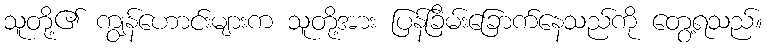
သူတို့၏ ကျွန်ဟောင်းများက သူတို့အား ပြန်ခြိမ်းခြောက်နေသည်ကို တွေ့ရသည်။